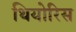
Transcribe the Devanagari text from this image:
थियोरिस